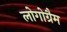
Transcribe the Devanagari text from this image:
लोगोग्रैम